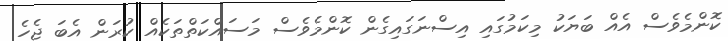
ކޮންމެވެސް އެއް ބަޔަކު މިކަމުގައި އިސްނަގައިގެން ކޮންމެވެސް މަސައްކަތްތަކެއް ކުރަން އެބަ ޖެހެ